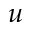
u